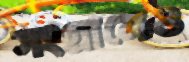
সংগ্রামেও